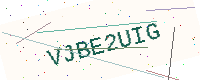
Text: VJBE2UIG